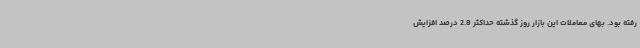
رفته بود. بهای معاملات این بازار روز گذشته حداکثر 2.8 درصد افزایش